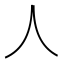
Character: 人